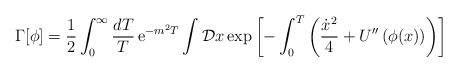
LaTeX: \begin{align*}\Gamma[\phi] = {1\over 2} \int_0^{\infty}{dT\over T}\, {\rm e}^{-m^2T} \int {\cal D}x\, {\rm exp} \left[ -\int_0^T \left( {{\dot x}^2\over 4} + U''\left( \phi (x) \right)\right) \right]\end{align*}